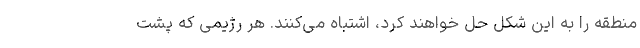
منطقه را به این شکل حل خواهند کرد، اشتباه می‌کنند. هر رژیمی که پشت